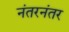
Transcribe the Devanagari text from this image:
नंतरनंतर